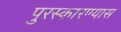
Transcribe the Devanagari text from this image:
पुरस्कारण्यास